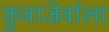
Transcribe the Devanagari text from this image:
कुवाजेर्वाला